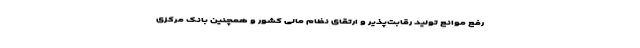
رفع موانع تولید رقابت‌پذیر و ارتقای نظام مالی کشور و همچنین بانک مرکزی